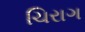
ચિરાગ